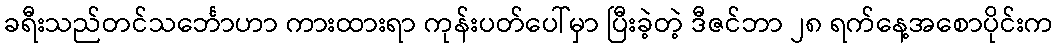
ခရီးသည်တင်သင်္ဘောဟာ ကားထားရာ ကုန်းပတ်ပေါ်မှာ ပြီးခဲ့တဲ့ ဒီဇင်ဘာ ၂၈ ရက်နေ့အစောပိုင်းက